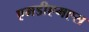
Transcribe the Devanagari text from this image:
एमडीएमएस